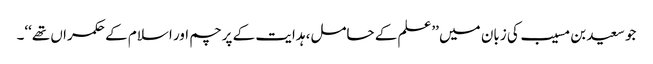
جو سعید بن مسیب کی زبان میں ’’علم کے حامل، ہدایت کے پرچم اور اسلام کے حکمراں تھے‘‘۔